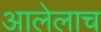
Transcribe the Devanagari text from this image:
आलेलाच